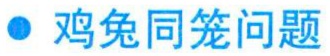
\textbullet\ 鸡兔同笼问题